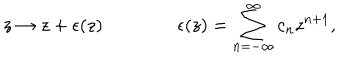
z \rightarrow z + \epsilon ( z ) \qquad \qquad \epsilon ( z ) = \sum _ { n = - \infty } ^ { \infty } c _ { n } z ^ { n + 1 } ,